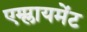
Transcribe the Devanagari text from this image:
एम्प्लायमेंट